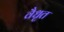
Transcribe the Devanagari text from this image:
वैधृत